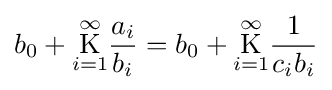
b_{0}+{\underset {i=1}{\overset {\infty }{\operatorname {K} }}}{\frac {a_{i}}{b_{i}}}=b_{0}+{\underset {i=1}{\overset {\infty }{\operatorname {K} }}}{\frac {1}{c_{i}b_{i}}}